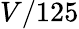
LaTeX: V/125